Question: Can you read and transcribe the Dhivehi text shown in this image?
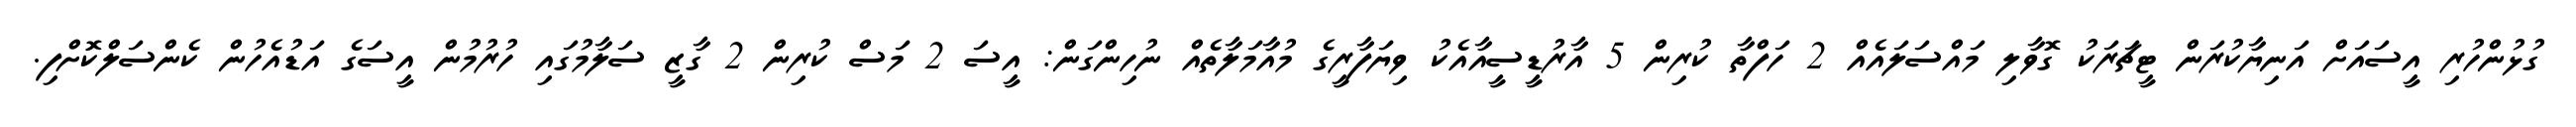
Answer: ގުޅުންހުރި އީސައަށް އަނިޔާކުރަން ޓީޗަރަކު ގޮވާލި މައްސަލައެއް 2 ހަފްތާ ކުރިން 5 އާރުޑީސީއާއެކު ވިޔަފާރީގެ މުއާމަލާތެއް ނުހިންގަން: އީސަ 2 މަސް ކުރިން 2 ގާޒީ ސަލާމުގައި ހުރުމުން އީސަގެ އަޑުއެހުން ކެންސަލްކޮށްފި.